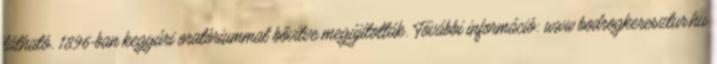
látható. 1896-ban kegyúri oratóriummal bővítve megújították. További információ: www.bodrogkeresztur.hu